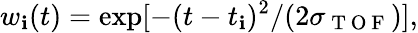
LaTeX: w_{\mathbf{i}}(t)=\exp[-(t-t_{\mathbf{i}})^{2}/(2\sigma_{\mathrm{{~T~O~F~}}})],